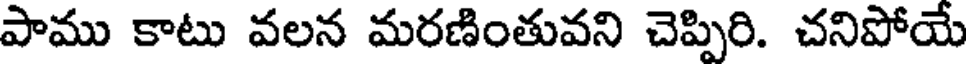
పాము కాటు వలన మరణింతువని చెప్పిరి. చనిపోయే